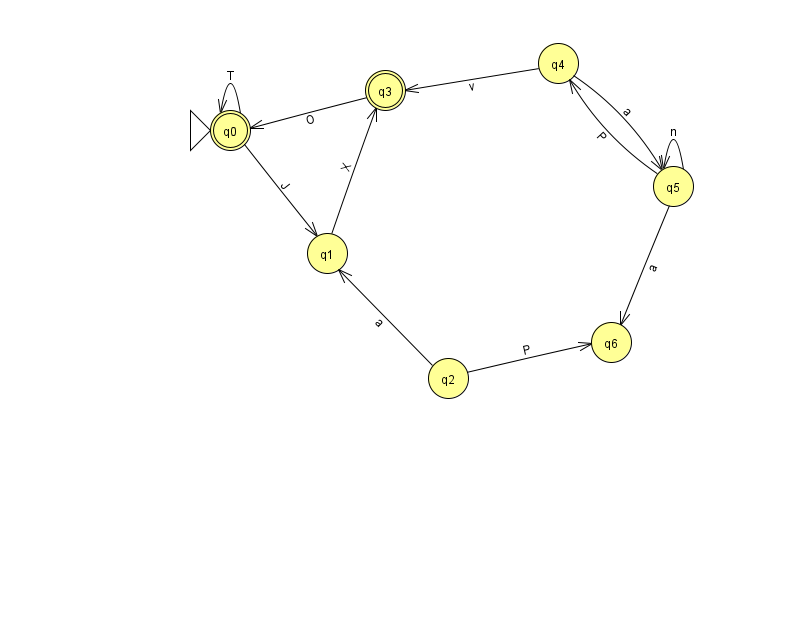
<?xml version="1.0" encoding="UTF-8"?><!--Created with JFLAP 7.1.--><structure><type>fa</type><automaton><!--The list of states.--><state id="0" name="q0"><x>230.0</x><y>117.0</y><initial/><final/></state><state id="1" name="q1"><x>327.0</x><y>240.0</y></state><state id="2" name="q2"><x>448.0</x><y>365.0</y></state><state id="3" name="q3"><x>385.0</x><y>77.0</y><final/></state><state id="4" name="q4"><x>558.0</x><y>50.0</y></state><state id="5" name="q5"><x>673.0</x><y>173.0</y></state><state id="6" name="q6"><x>611.0</x><y>329.0</y></state><!--The list of transitions.--><transition><from>4</from><to>5</to><read>a</read></transition><transition><from>5</from><to>4</to><read>P</read></transition><transition><from>0</from><to>0</to><read>T</read></transition><transition><from>2</from><to>1</to><read>a</read></transition><transition><from>5</from><to>6</to><read>a</read></transition><transition><from>0</from><to>1</to><read>J</read></transition><transition><from>3</from><to>0</to><read>O</read></transition><transition><from>1</from><to>3</to><read>X</read></transition><transition><from>2</from><to>6</to><read>P</read></transition><transition><from>4</from><to>3</to><read>v</read></transition><transition><from>5</from><to>5</to><read>n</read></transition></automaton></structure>